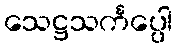
သေဋ္ဌသင်္ကပ္ပေါ